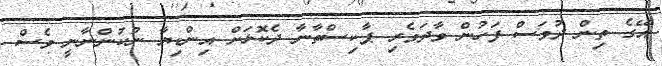
އޭގެ ތިން ދުވަސް ފަހުން ވާދަވެރި ޕާކިސްތާނާ ދެކޮޅަށް އިންޑިޔާ ނުކުންނާނީ ވެސް